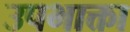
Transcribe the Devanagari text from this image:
उपभाक्ता